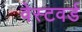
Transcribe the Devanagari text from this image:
वेस्टवर्ड